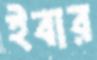
ইবার